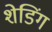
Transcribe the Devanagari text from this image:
शेडिंग